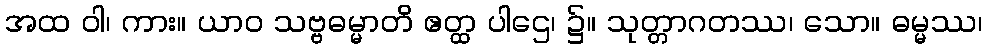
အထ ဝါ၊ ကား။ ယာဝ သဗ္ဗဓမ္မာတိ ဧတ္ထ ပါဌေ၊ ၌။ သုတ္တာဂတဿ၊ သော။ ဓမ္မဿ၊